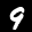
Label: 9